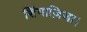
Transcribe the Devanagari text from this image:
शिंगाज़िजा।